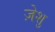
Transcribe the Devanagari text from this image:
ज़ेशु